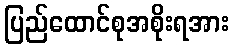
ပြည်ထောင်စုအစိုးရအား